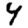
Digit: 4